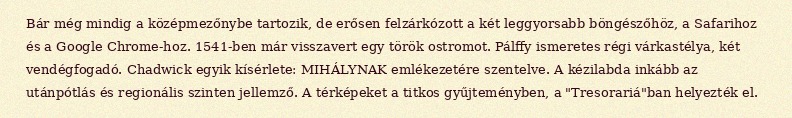
Bár még mindig a középmezőnybe tartozik, de erősen felzárkózott a két leggyorsabb böngészőhöz, a Safarihoz és a Google Chrome-hoz. 1541-ben már visszavert egy török ostromot. Pálffy ismeretes régi várkastélya, két vendégfogadó. Chadwick egyik kísérlete: MIHÁLYNAK emlékezetére szentelve. A kézilabda inkább az utánpótlás és regionális szinten jellemző. A térképeket a titkos gyűjteményben, a "Tresorariá"ban helyezték el.